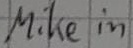
Text: Mike in